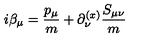
i \beta _ { \mu } = { \frac { p _ { \mu } } { m } } + \partial _ { \nu } ^ { ( x ) } { { \frac { S _ { \mu \nu } } { m } } }